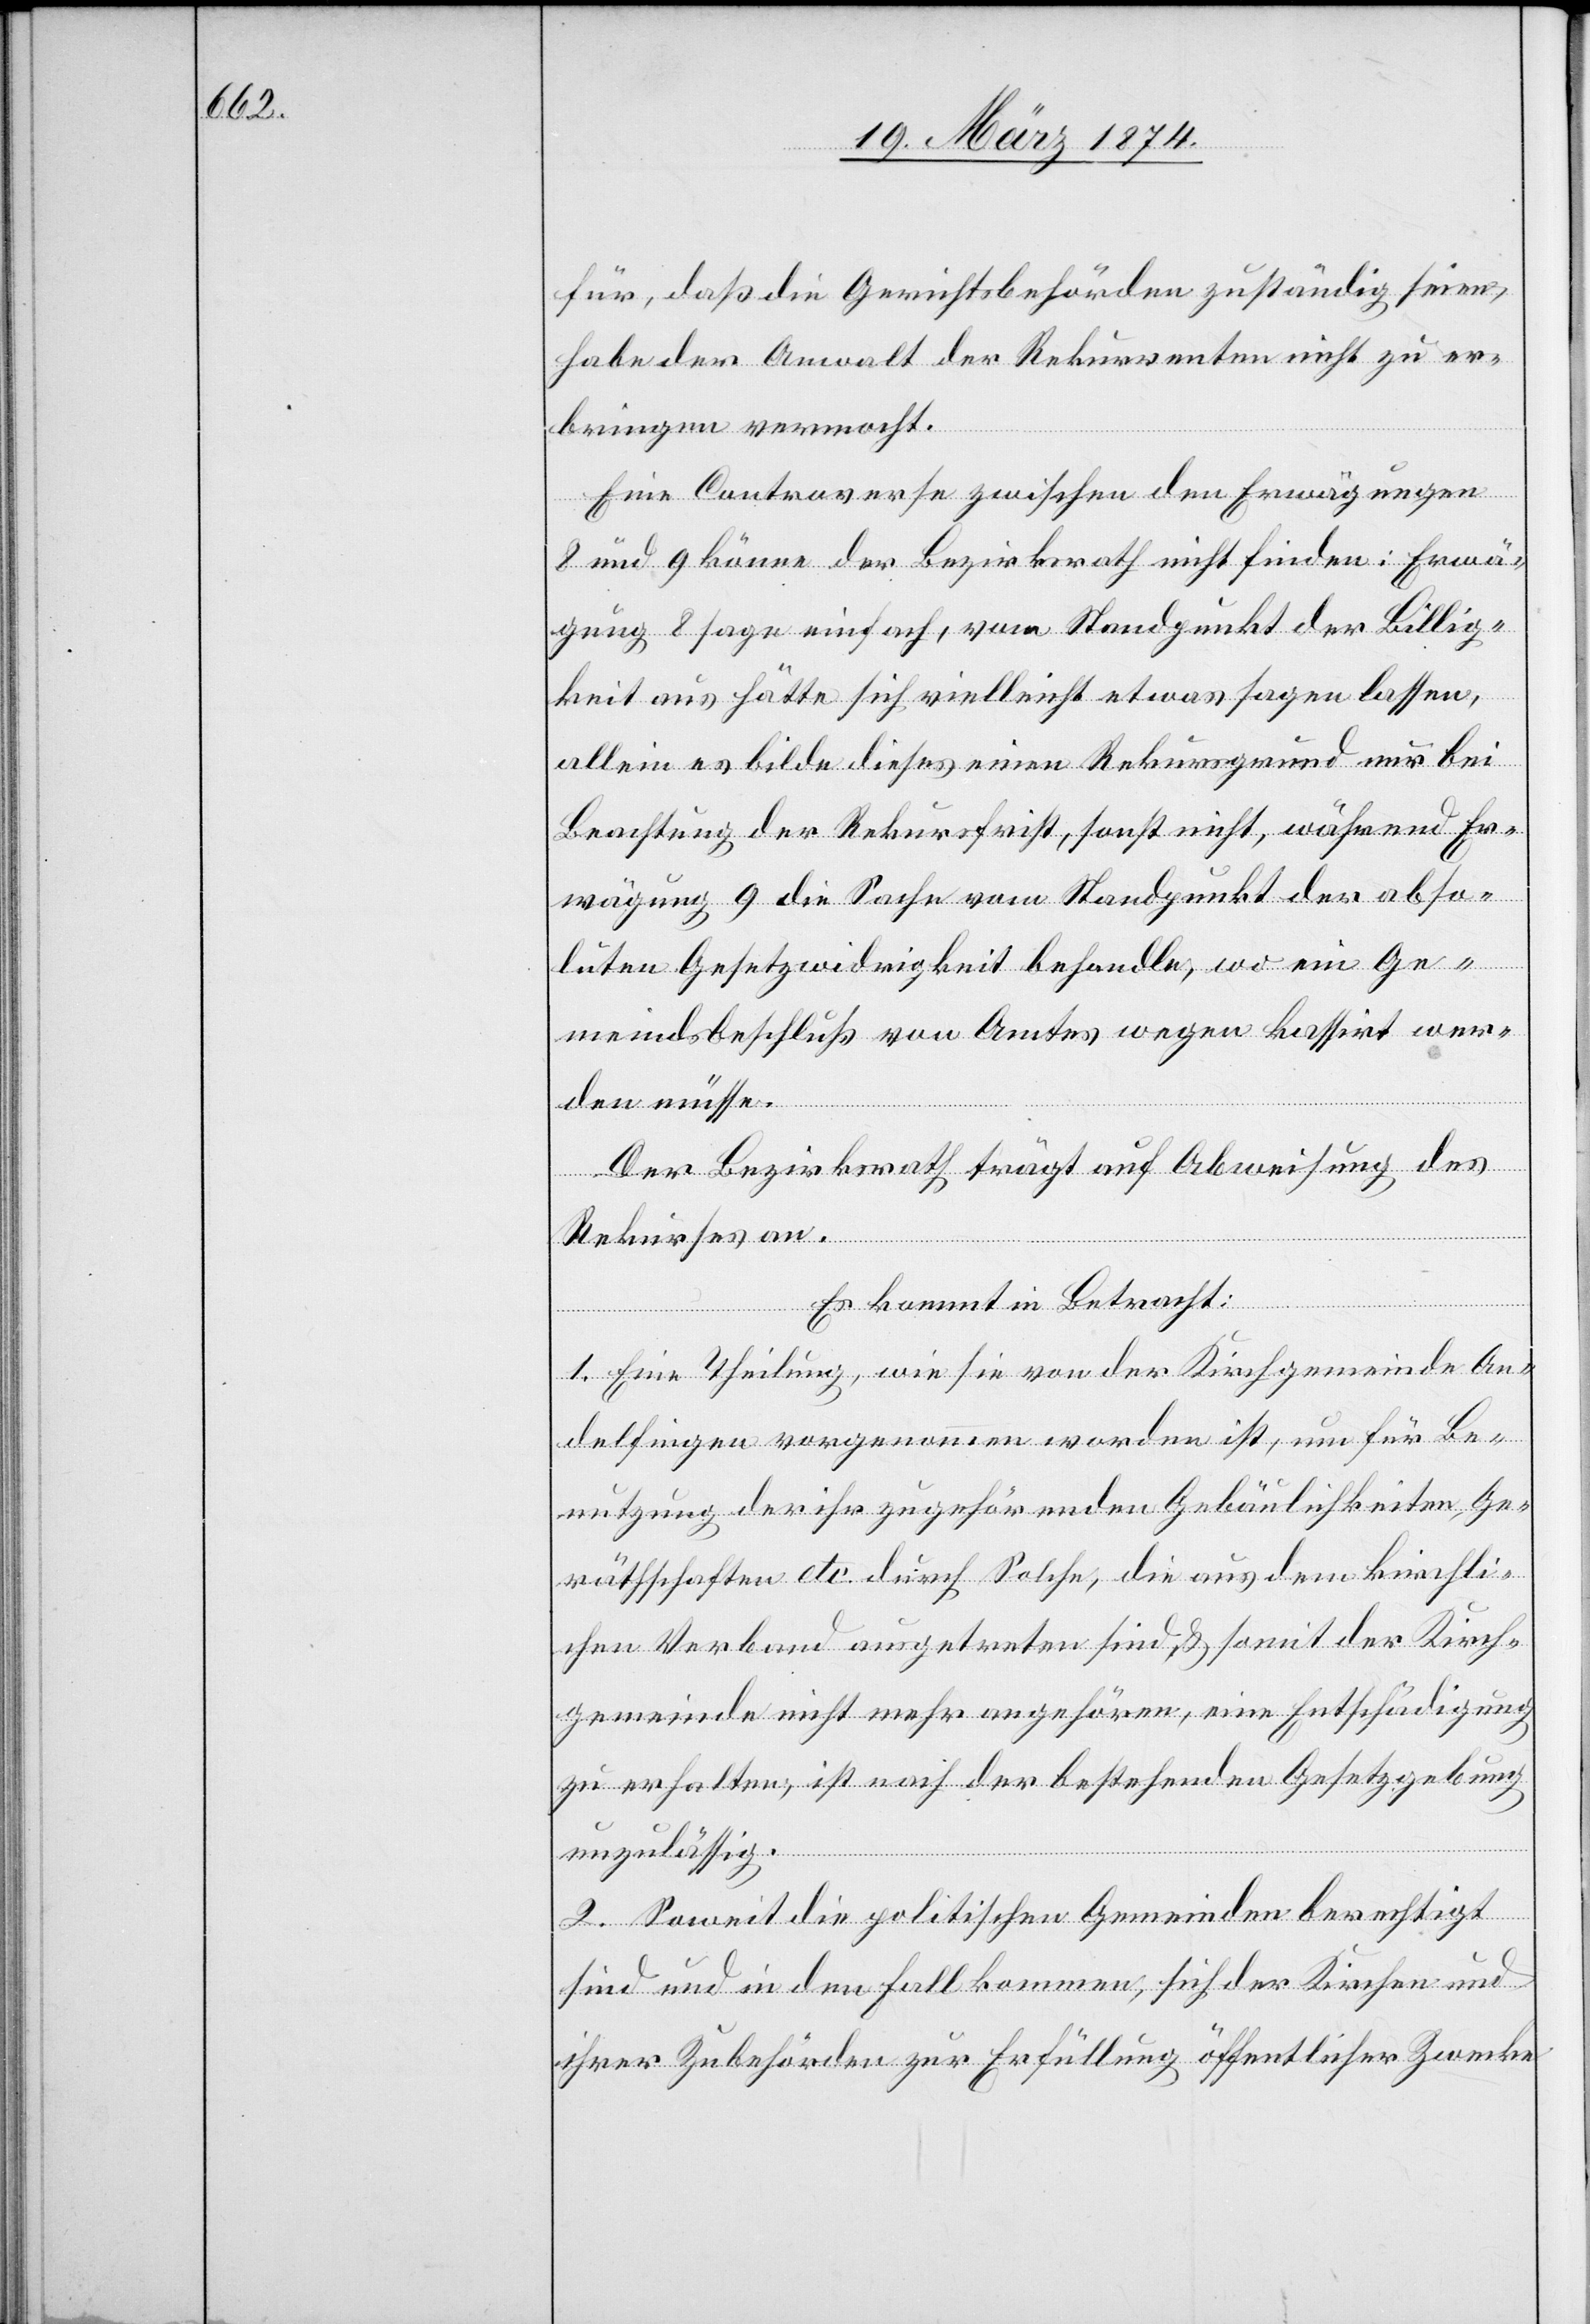
für, daß die Gerichtsbehörden zuständig seien,
habe der Anwalt der Rekurrenten nicht zu er¬
bringen vermocht.
Eine Controverse zwischen den Erwägungen
8 und 9 könne der Bezirksrath nicht finden: Erwä¬
gung 8 sage einfach, vom Standpunkt der Billig¬
keit aus hätte sich vielleicht etwas sagen lassen,
allein es bilde dieses einen Rekursgrund nur bei
Beachtung der Rekursfrist, sonst nicht, während Er¬
wägung 9 die Sache vom Standpunkt der abso¬
luten Gesetzwidrigkeit behandle, wo ein Ge¬
meindsbeschluß von Amtes wegen kassirt wer¬
den müsse.
Der Bezirksrath trägt auf Abweisung des
Rekurses an.
Es kommt in Betracht:
1. Eine Theilung, wie sie von der Kirchgemeinde An¬
delfingen vorgenommen worden ist, um für Be¬
nutzung der ihr zugehörenden Gebäulichkeiten, Ge¬
räthschaften etc. durch solche, die aus dem kirchli¬
chen Verband ausgetreten sind, u. somit der Kirch¬
gemeinde nicht mehr angehören, eine Entschädigung
zu erhalten, ist nach der bestehenden Gesetzgebung
unzulässig.
2. Soweit die politischen Gemeinden berechtigt
sind und in den Fall kommen, sich der Kirchen und
ihrer Zubehörden zur Erfüllung öffentlichen Zwecke